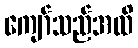
ကျော်သည်အထိ